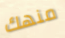
منهك